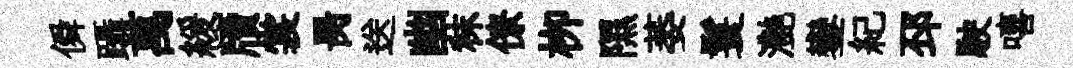
僢躡萬緩牘裳昺送幽秣僚栁隰萎鬟灔鑾紀邳駛嘻